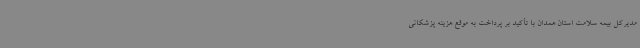
مدیرکل بیمه سلامت استان همدان با تأکید بر پرداخت به موقع هزینه پزشکانی